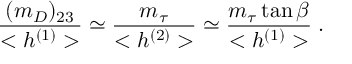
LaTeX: \frac { ( m _ { D } ) _ { 2 3 } } { < h ^ { ( 1 ) } > } \simeq \frac { m _ { \tau } } { < h ^ { ( 2 ) } > } \simeq \frac { m _ { \tau } \tan \beta } { < h ^ { ( 1 ) } > } \; .